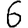
Digit: 6